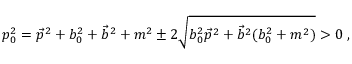
p _ { 0 } ^ { 2 } = \vec { p } ^ { 2 } + b _ { 0 } ^ { 2 } + \vec { b } ^ { 2 } + m ^ { 2 } \pm 2 \sqrt { b _ { 0 } ^ { 2 } \vec { p } ^ { 2 } + \vec { b } ^ { 2 } ( b _ { 0 } ^ { 2 } + m ^ { 2 } ) } > 0 \ ,